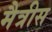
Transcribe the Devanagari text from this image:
मैत्रीस